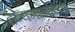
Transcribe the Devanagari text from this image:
द्रव्यमानाच्या